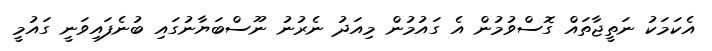
އެކަމަކު ނަތީޖާތައް ގޮސްވުމުން އެ ގައުމުން މިއަދު ނެރުނު ނޫސްބަޔާނުގައި ބުނެފައިވަނީ ގައުމީ